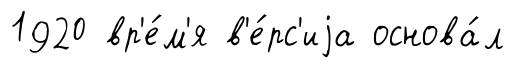
1920 вр'е́м'я в'е́рс'иjа основа́л